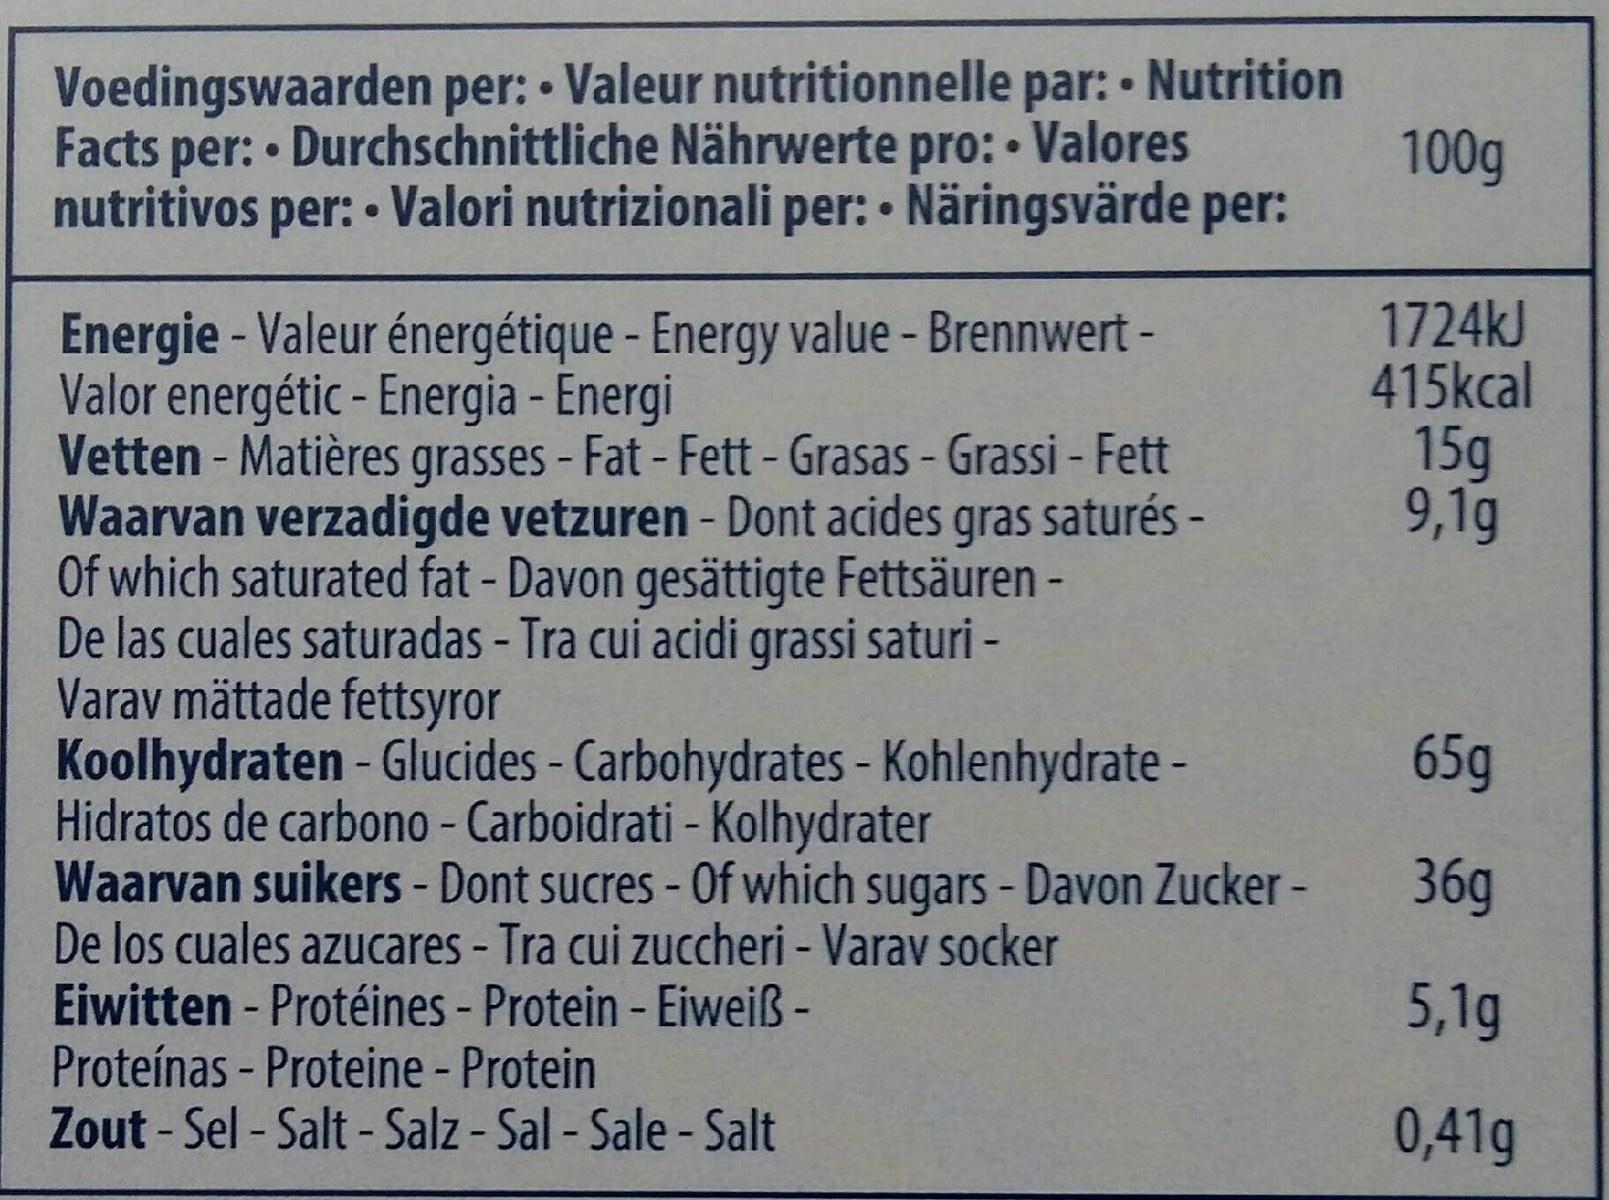
Voedingswaarden per: • Valeur nutritionnelle par: Nutrition
Facts per: • Durchschnittliche Nährwerte pro: Valores
100g
nutritivos per: • Valori nutrizionali per: • Näringsvärde per:
1724KJ 415kcal 15g 9,1g
Energie - Valeur énergétique - Energy value - Brennwert - Valor energétic - Energia - Energi Vetten - Matières grasses - Fat - Fett - Grasas - Grassi - Fett Waarvan verzadigde vetzuren - Dont acides gras saturés - Of which saturated fat- Davon gesättigte Fettsäuren - De las cuales saturadas - Tra cui acidi grassi saturi - Varav mättade fettsyror Koolhydraten - Glucides - Carbohydrates - Kohlenhydrate - Hidratos de carbono - Carboidrati - Kolhydrater Waarvan suikers - Dont sucres -Of which sugars - Davon Zucker - De los cuales azucares - Tra cui zuccheri - Varav socker Eiwitten - Protéines - Protein - Eiweiß - Proteínas - Proteine - Protein
65g
36g
5,1g
Zout - Sel - Salt - Salz - Sal - Sale - Salt
0,41g